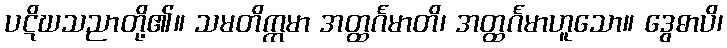
ပဋိဃသညာတို့၏။ သမတိက္ကမာ အတ္ထင်္ဂမာတိ၊ အတ္ထင်္ဂမာဟူသော။ ဒွေဓာပိ၊